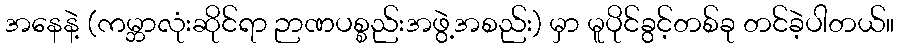
အနေနဲ့ (ကမ္ဘာလုံးဆိုင်ရာ ဉာဏပစ္စည်းအဖွဲ့အစည်း) မှာ မူပိုင်ခွင့်တစ်ခု တင်ခဲ့ပါတယ်။